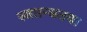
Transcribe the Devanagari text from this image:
स्वतन्त्रतया